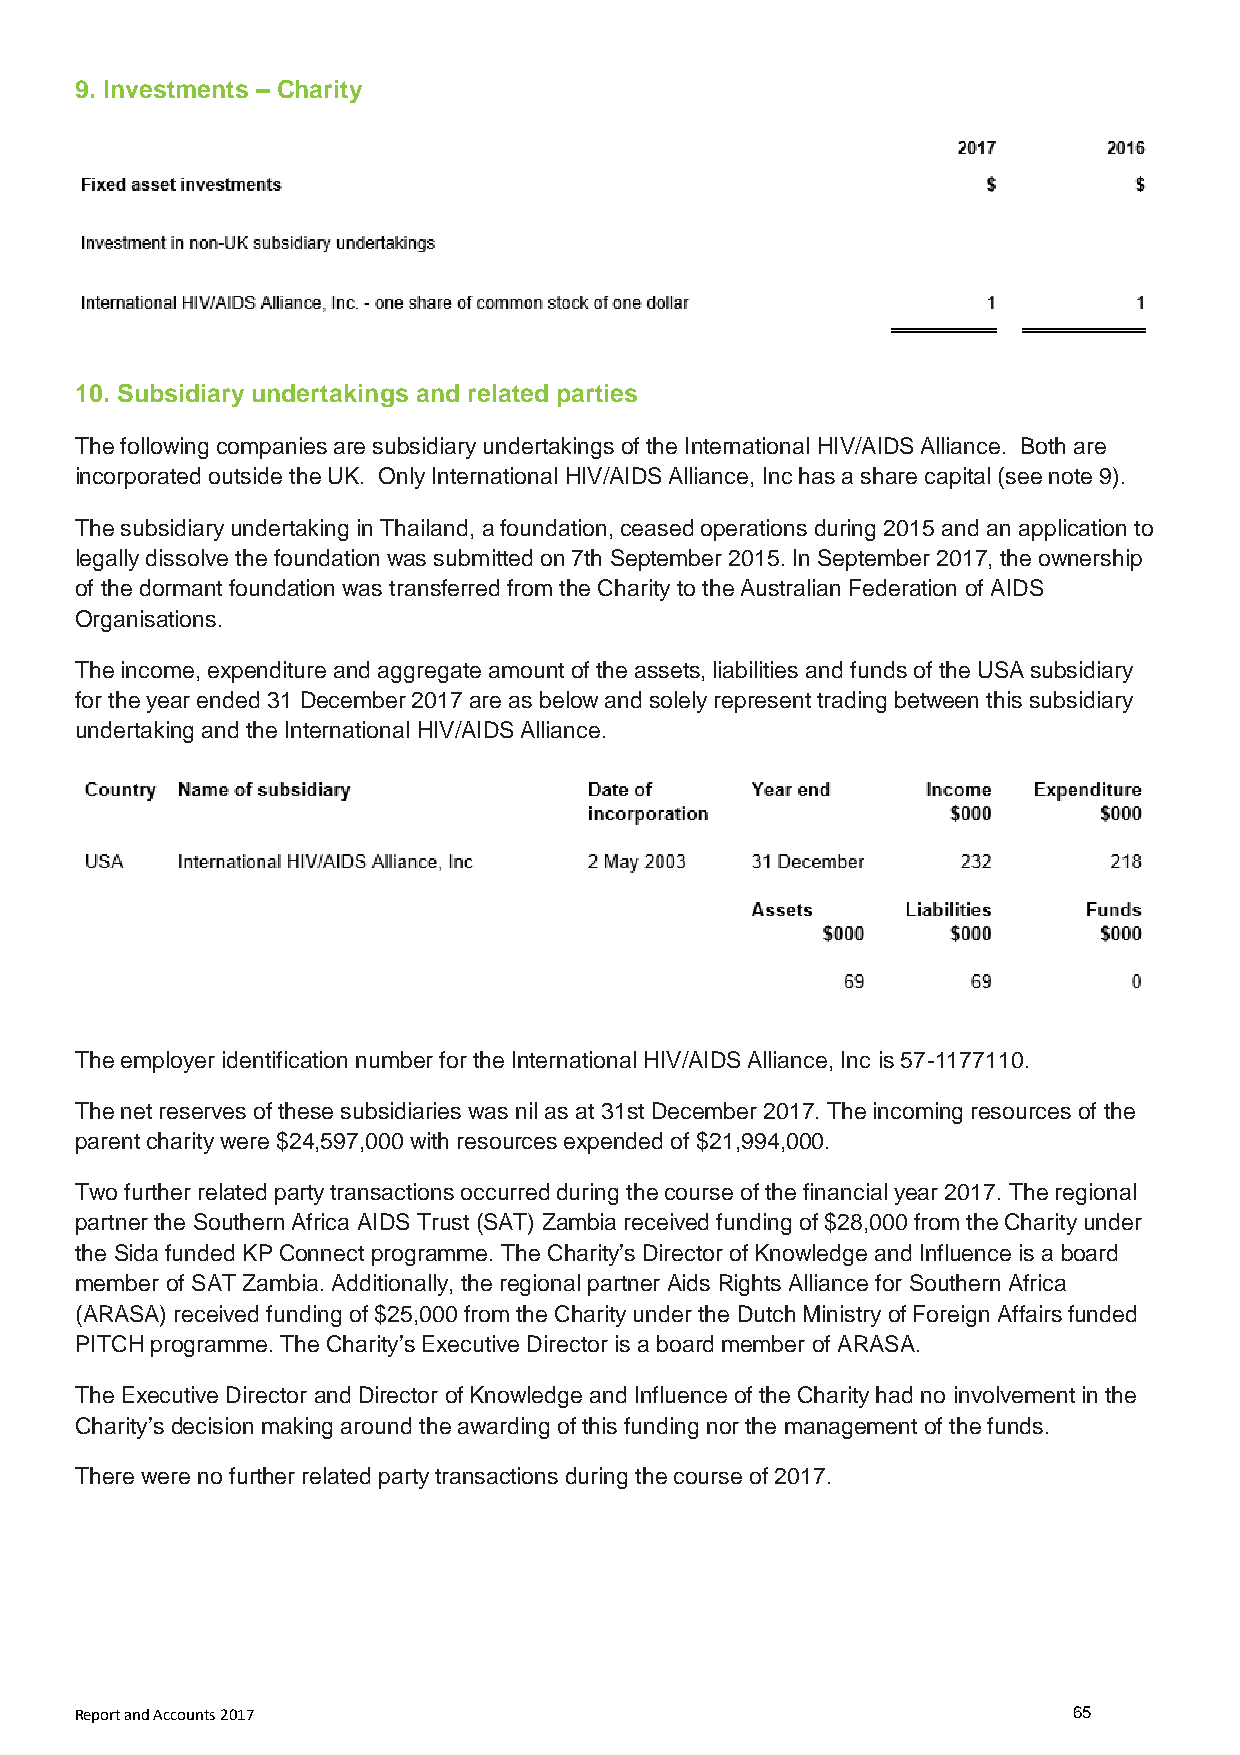
9. Investments – Charity
 10. Subsidiary undertakings and related parties
 The following companies are subsidiary undertakings of the International HIV/AIDS Alliance. Both are
 incorporated outside the UK. Only International HIV/AIDS Alliance, Inc has a share capital (see note 9).
 The subsidiary undertaking in Thailand, a foundation, ceased operations during 2015 and an application to
 legally dissolve the foundation was submitted on 7th September 2015. In September 2017, the ownership
 of the dormant foundation was transferred from the Charity to the Australian Federation of AIDS
 Organisations.
 The income, expenditure and aggregate amount of the assets, liabilities and funds of the USA subsidiary
 for the year ended 31 December 2017 are as below and solely represent trading between this subsidiary
 undertaking and the International HIV/AIDS Alliance.
 The employer identification number for the International HIV/AIDS Alliance, Inc is 57-1177110.
 The net reserves of these subsidiaries was nil as at 31st December 2017. The incoming resources of the
 parent charity were $24,597,000 with resources expended of $21,994,000.
 Two further related party transactions occurred during the course of the financial year 2017. The regional
 partner the Southern Africa AIDS Trust (SAT) Zambia received funding of $28,000 from the Charity under
 the Sida funded KP Connect programme. The Charity’s Director of Knowledge and Influence is a board
 member of SAT Zambia. Additionally, the regional partner Aids Rights Alliance for Southern Africa
 (ARASA) received funding of $25,000 from the Charity under the Dutch Ministry of Foreign Affairs funded
 PITCH programme. The Charity’s Executive Director is a board member of ARASA.
 The Executive Director and Director of Knowledge and Influence of the Charity had no involvement in the
 Charity’s decision making around the awarding of this funding nor the management of the funds.
 There were no further related party transactions during the course of 2017.
 Report and Accounts 2017                                          65